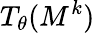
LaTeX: T_{\theta}(M^{k})